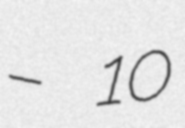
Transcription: – 10